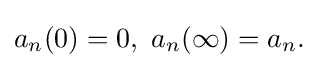
\displaystyle {a_{n}(0)=0,\,\,a_{n}(\infty )=a_{n}.}